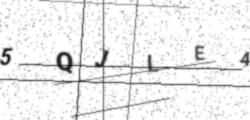
Text: 5QJLE4